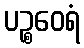
ပဉ္စဝေရံ